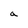
Character: a